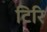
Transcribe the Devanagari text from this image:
टिरि